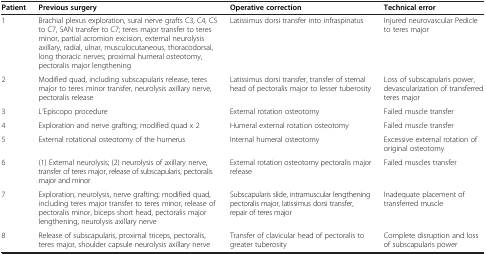
<table><thead><tr><td><b>Patient</b></td><td><b>Previous surgery</b></td><td><b>Operative correction</b></td><td><b>Technical error</b></td></tr></thead><tbody><tr><td>1</td><td>Brachial plexus exploration, sural nerve grafts C3, C4, C5 to C7, SAN transfer to C7; teres major transfer to teres minor, partial acromion excision, external neurolysis axillary, radial, ulnar, musculocutaneous, thoracodorsal, long thoracic nerves; proximal humeral osteotomy, pectoralis major lengthening</td><td>Latissimus dorsi transfer into infraspinatus</td><td>Injured neurovascular Pedicle to teres major</td></tr><tr><td>2</td><td>Modified quad, including subscapularis release, teres major to teres minor transfer, neurolysis axillary nerve, pectoralis release</td><td>Latissimus dorsi transfer, transfer of sternal head of pectoralis major to lesser tuberosity</td><td>Loss of subscapularis power, devascularization of transferred teres major</td></tr><tr><td>3</td><td>L’Episcopo procedure</td><td>External rotation osteotomy</td><td>Failed muscle transfer</td></tr><tr><td>4</td><td>Exploration and nerve grafting; modified quad x 2</td><td>Humeral external rotation osteotomy</td><td>Failed muscle transfer</td></tr><tr><td>5</td><td>External rotational osteotomy of the humerus</td><td>Internal humeral osteotomy</td><td>Excessive external rotation of original osteotomy</td></tr><tr><td>6</td><td>(1) External neurolysis; (2) neurolysis of axillary nerve, transfer of teres major, release of subscapularis, pectoralis major and minor</td><td>External rotation osteotomy pectoralis major release</td><td>Failed muscles transfer</td></tr><tr><td>7</td><td>Exploration, neurolysis, nerve grafting; modified quad, including teres major transfer to teres minor, release of pectoralis minor, biceps short head, pectoralis major lengthening, neurolysis axillary nerve</td><td>Subscapularis slide, intramuscular lengthening pectoralis major, latissimus dorsi transfer, repair of teres major</td><td>Inadequate placement of transferred muscle</td></tr><tr><td>8</td><td>Release of subscapularis, proximal triceps, pectoralis, teres major, shoulder capsule neurolysis axillary nerve</td><td>Transfer of clavicular head of pectoralis to greater tuberosity</td><td>Complete disruption and loss of subscapularis power</td></tr></tbody></table>